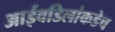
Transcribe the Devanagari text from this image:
आईवडिलांकडेच